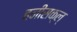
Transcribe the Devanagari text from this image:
हनीसक्‌ल्‌